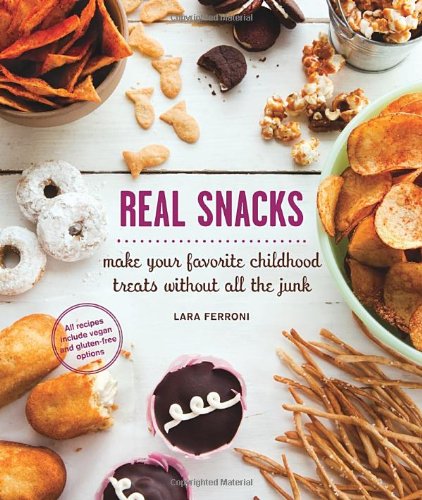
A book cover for Real Snacks: Make Your Favorite Childhood Treats Without All the Junk; Lara Ferroni; Cookbooks, Food & Wine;